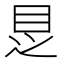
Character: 𱲩